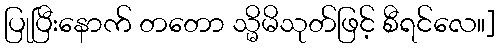
ပြုပြီးနောက် တတော သ္မိမိသုတ်ဖြင့် စီရင်လေ။]